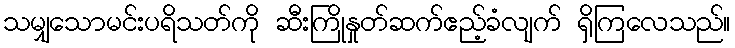
သမျှသောမင်းပရိသတ်ကို ဆီးကြိုနှုတ်ဆက်ဧည့်ခံလျက် ရှိကြလေသည်။